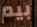
بيم